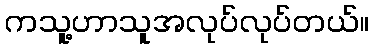
ကသူ့ဟာသူအလုပ်လုပ်တယ်။